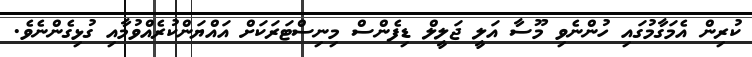
ކުރިން އެމަގާމުގައި ހުންނެވި މޫސާ އަލީ ޖަލީލް ޑިފެންސް މިނިސްޓަރަކަށް އައްޔަންކުރެއްވުމާއި ގުޅިގެންނެވެ.